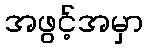
အဖွင့်အမှာ